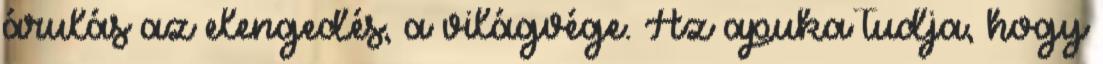
árulás az elengedés, a világvége. Az apuka tudja, hogy